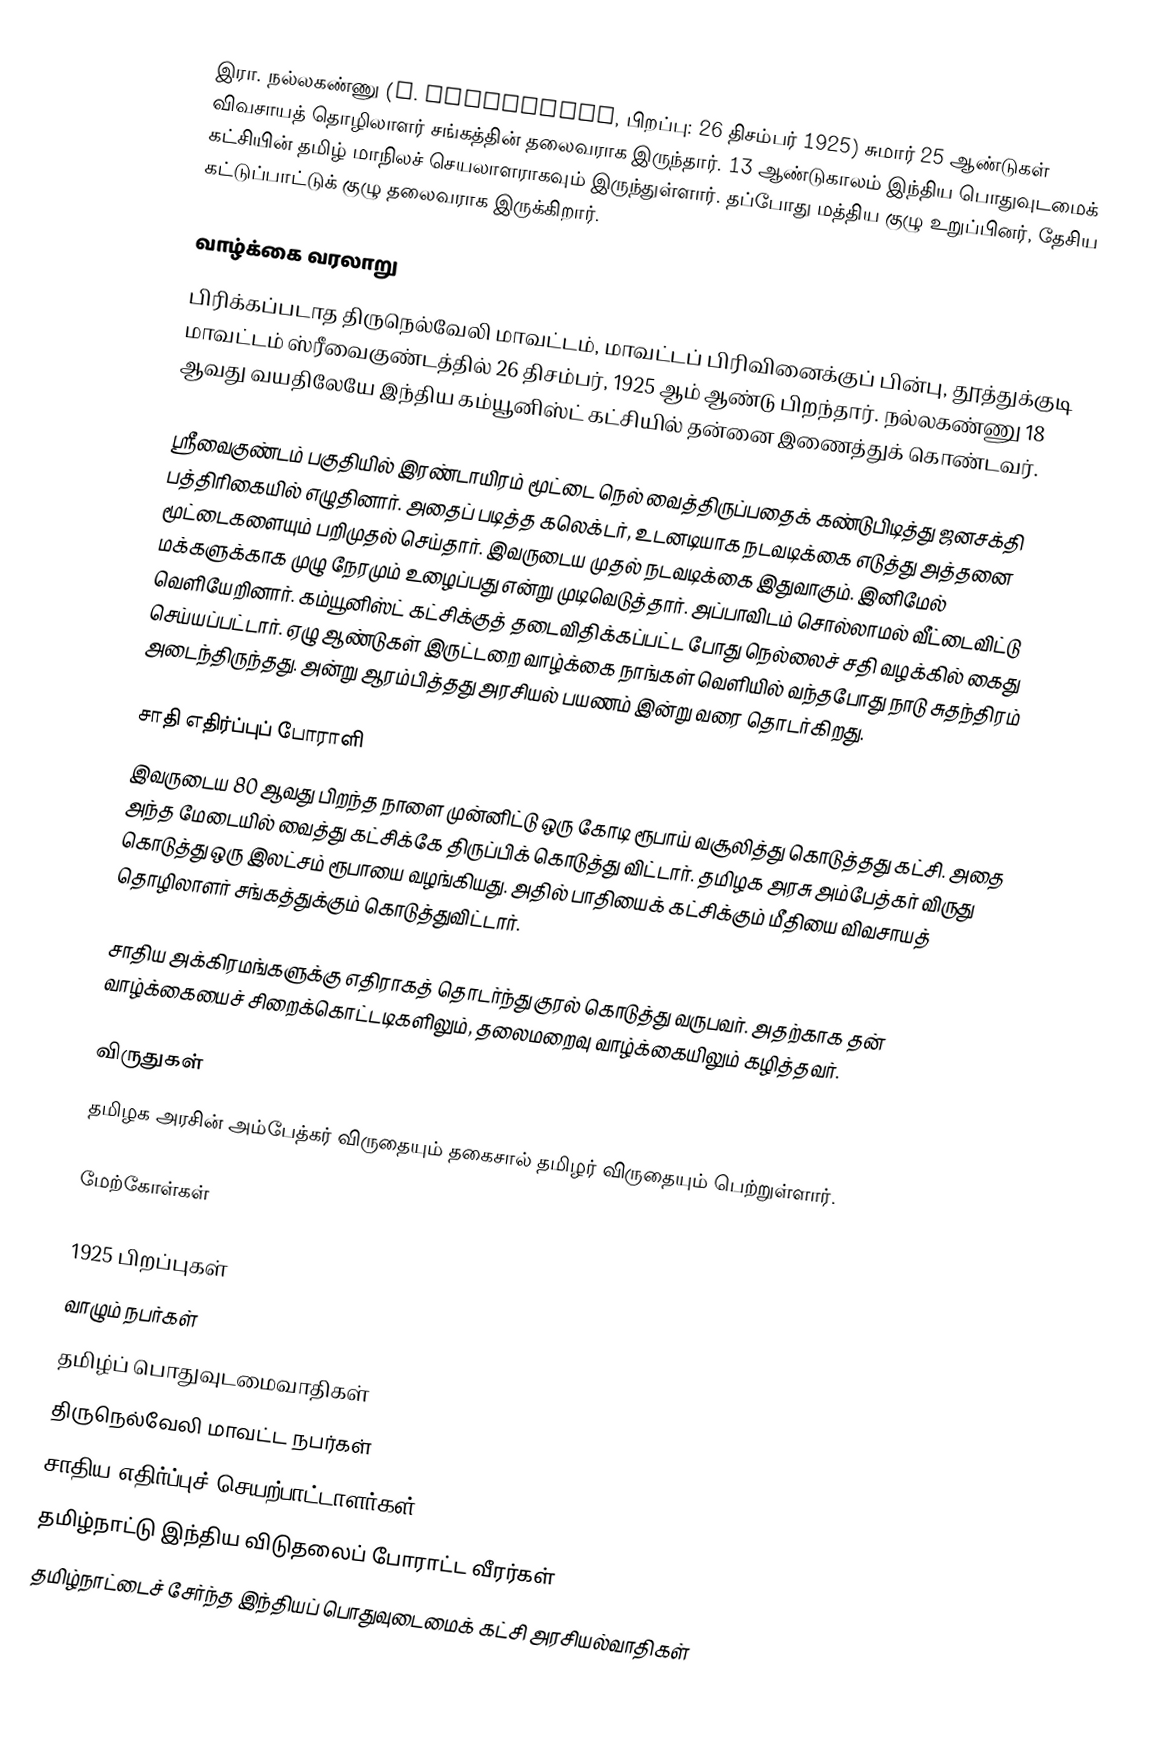
இரா. நல்லகண்ணு (R. Nallakannu, பிறப்பு: 26 திசம்பர் 1925) சுமார் 25 ஆண்டுகள் விவசாயத் தொழிலாளர் சங்கத்தின் தலைவராக இருந்தார். 13 ஆண்டுகாலம் இந்திய பொதுவுடமைக் கட்சியின் தமிழ் மாநிலச் செயலாளராகவும் இருந்துள்ளார். தப்போது மத்திய குழு உறுப்பினர், தேசிய கட்டுப்பாட்டுக் குழு தலைவராக இருக்கிறார்.

வாழ்க்கை வரலாறு
பிரிக்கப்படாத திருநெல்வேலி மாவட்டம், மாவட்டப் பிரிவினைக்குப் பின்பு, தூத்துக்குடி மாவட்டம் ஸ்ரீவைகுண்டத்தில் 26 திசம்பர், 1925 ஆம் ஆண்டு பிறந்தார். நல்லகண்ணு 18 ஆவது வயதிலேயே இந்திய கம்யூனிஸ்ட் கட்சியில் தன்னை இணைத்துக் கொண்டவர்.

ஸ்ரீவைகுண்டம் பகுதியில் இரண்டாயிரம் மூட்டை நெல் வைத்திருப்பதைக் கண்டுபிடித்து ஜனசக்தி பத்திரிகையில் எழுதினார். அதைப் படித்த கலெக்டர், உடனடியாக நடவடிக்கை எடுத்து அத்தனை மூட்டைகளையும் பறிமுதல் செய்தார். இவருடைய முதல் நடவடிக்கை இதுவாகும். இனிமேல் மக்களுக்காக முழு நேரமும் உழைப்பது என்று முடிவெடுத்தார். அப்பாவிடம் சொல்லாமல் வீட்டைவிட்டு வெளியேறினார். கம்யூனிஸ்ட் கட்சிக்குத் தடைவிதிக்கப்பட்ட போது நெல்லைச் சதி வழக்கில் கைது செய்யப்பட்டார். ஏழு ஆண்டுகள் இருட்டறை வாழ்க்கை நாங்கள் வெளியில் வந்தபோது நாடு சுதந்திரம் அடைந்திருந்தது. அன்று ஆரம்பித்தது அரசியல் பயணம் இன்று வரை தொடர்கிறது.

சாதி எதிர்ப்புப் போராளி
இவருடைய 80 ஆவது பிறந்த நாளை முன்னிட்டு ஒரு கோடி ரூபாய் வசூலித்து கொடுத்தது கட்சி. அதை அந்த மேடையில் வைத்து கட்சிக்கே திருப்பிக் கொடுத்து விட்டார். தமிழக அரசு அம்பேத்கர் விருது கொடுத்து ஒரு இலட்சம் ரூபாயை வழங்கியது. அதில் பாதியைக் கட்சிக்கும் மீதியை விவசாயத் தொழிலாளர் சங்கத்துக்கும் கொடுத்துவிட்டார்.

சாதிய அக்கிரமங்களுக்கு எதிராகத் தொடர்ந்து குரல் கொடுத்து வருபவர். அதற்காக தன் வாழ்க்கையைச் சிறைக்கொட்டடிகளிலும், தலைமறைவு வாழ்க்கையிலும் கழித்தவர்.

விருதுகள்
தமிழக அரசின் அம்பேத்கர் விருதையும் தகைசால் தமிழர் விருதையும் பெற்றுள்ளார்.

மேற்கோள்கள்

1925 பிறப்புகள்
வாழும் நபர்கள்
தமிழ்ப் பொதுவுடமைவாதிகள்
திருநெல்வேலி மாவட்ட நபர்கள்
சாதிய எதிர்ப்புச் செயற்பாட்டாளர்கள்
தமிழ்நாட்டு இந்திய விடுதலைப் போராட்ட வீரர்கள்
தமிழ்நாட்டைச் சேர்ந்த இந்தியப் பொதுவுடைமைக் கட்சி அரசியல்வாதிகள்